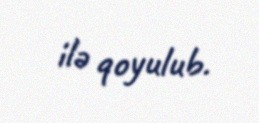
ilə qoyulub.